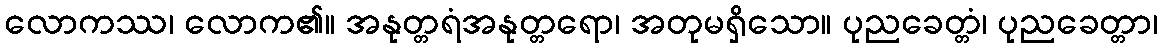
လောကဿ၊ လောက၏။ အနုတ္တရံအနုတ္တရော၊ အတုမရှိသော။ ပုညခေတ္တံ၊ ပုညခေတ္တာ၊